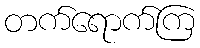
တက်ရောက်ကြ